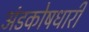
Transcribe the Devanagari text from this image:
अंडकोषधारी